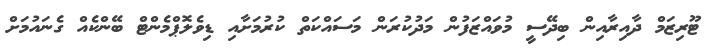
ޓޫރިޒަމް ދާއިރާއިން ބިދޭސީ މުވައްޒަފުން މަދުކުރަން މަސައްކަތް ކުރުމަށާއި ޑިވެލޮޕްމެންޓް ބޭންކެއް ގެނައުމަށް